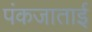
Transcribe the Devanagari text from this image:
पंकजाताई